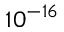
1 0 ^ { - 1 6 }